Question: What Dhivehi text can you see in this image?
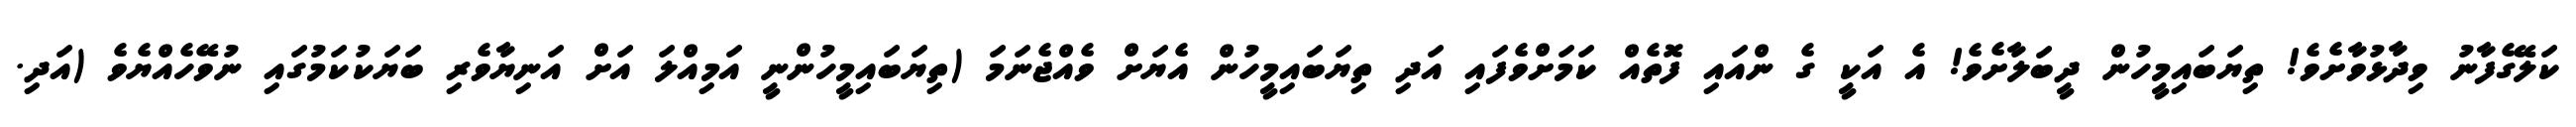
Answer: ކަލޭގެފާނު ވިދާޅުވާށެވެ! ތިޔަބައިމީހުން ދީބަލާށެވެ! އެ އަކީ ގެ ންއައި ފޮތެއް ކަމަށްވެފައި އަދި ތިޔަބައިމީހުން އެޔަށް ވެއްޖެނަމަ (ތިޔަބައިމީހުންނީ އަމިއްލަ އަށް އަނިޔާވެރި ބަޔަކުކަމުގައި ނުވޭހެއްޔެވެ (އަދި.